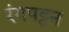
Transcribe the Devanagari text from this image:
रंगपट्टन